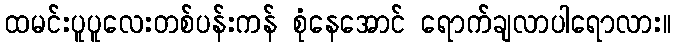
ထမင်းပူပူလေးတစ်ပန်းကန် စုံနေအောင် ရောက်ချလာပါရောလား။